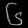
Digit: ၆